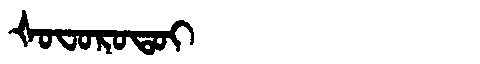
Manchu: ᡧᠣᠸᠣᡵᠣᡨᠣᡳ
Romanization: ŠOFOROTOI